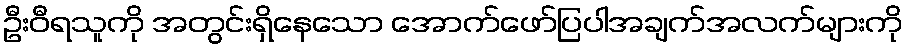
ဦးဝီရသူကို အတွင်းရှိနေသော အောက်ဖော်ပြပါအချက်အလက်များကို